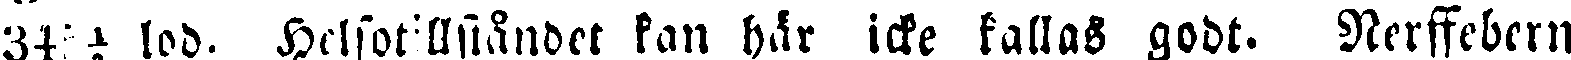
34 i lod. Helsotillståndet kan här icke kallas godt. Nerssebern